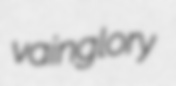
vainglory